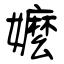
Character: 嬤